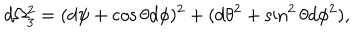
LaTeX: d \Omega _ { 3 } ^ { 2 } = ( d \psi + \cos \theta d \phi ) ^ { 2 } + ( d \theta ^ { 2 } + \sin ^ { 2 } \theta d \phi ^ { 2 } ) ,